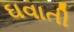
ઘવાતી